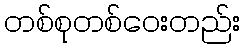
တစ်စုတစ်ဝေးတည်း